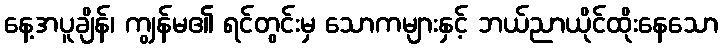
နေ့အပူချိန်၊ ကျွန်မ၏ ရင်တွင်းမှ သောကများနှင့် ဘယ်ညာယိုင်ထိုးနေသော